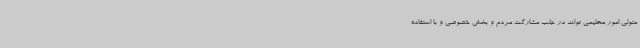
متولی امور محلیمی تواند در جلب مشارکت مردم و بخش خصوصی و با استفاده